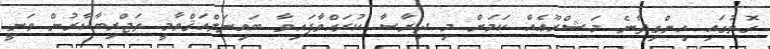
ގޮތުގައި ހިންގިދާނެ މަޝްރޫޢެއް ކަމަށް މި ދިރާސާ ކުރައްވާފައިވާ ބައިނަލްއަޤްވާމީ ތަޖްރިބާކާރުން ވަނީ